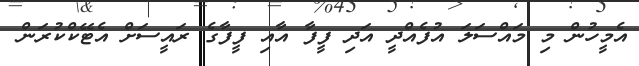
އެމީހުން މި މައްސަލަ އުފެއްދީ އަދި ފީފާ އާއި ފީފާގެ ރައީސަށް އެޓޭކްކުރަން